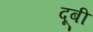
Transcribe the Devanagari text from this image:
दूबी